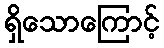
ရှိသောကြောင့်